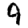
Digit: 4